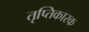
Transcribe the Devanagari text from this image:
तृप्तिकारक